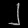
Digit: ၂